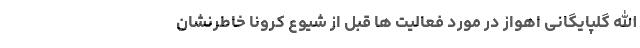
الله گلپایگانی اهواز در مورد فعالیت ها قبل از شیوع کرونا خاطرنشان